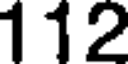
112